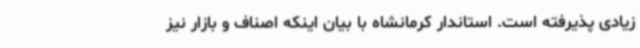
زیادی پذیرفته است. استاندار کرمانشاه با بیان اینکه اصناف و بازار نیز